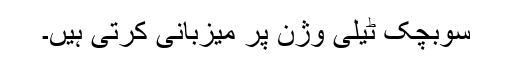
سوبچک ٹیلی وژن پر میزبانی کرتی ہیں۔